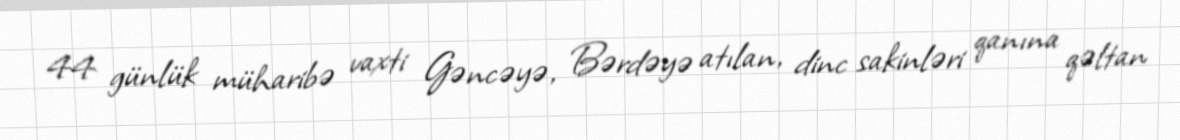
44 günlük müharibə vaxti Gəncəyə, Bərdəyə atılan, dinc sakinləri qanına qəltan